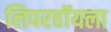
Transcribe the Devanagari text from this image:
लिपरहॉयला